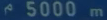
5000 m